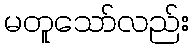
မတူသော်လည်း